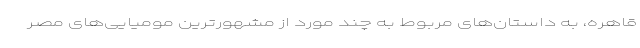
قاهره، به داستان‌های مربوط به چند مورد از مشهورترین مومیایی‌های مصر